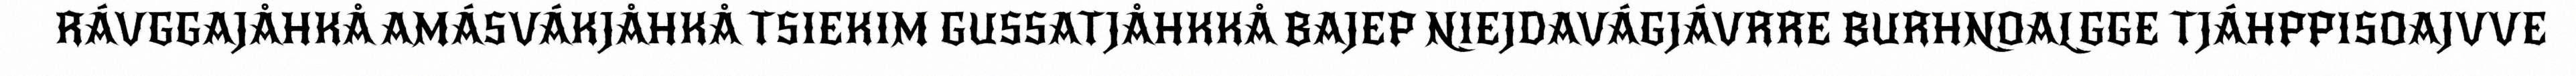
RÁVGGAJÅHKÅ AMÁSVÁKJÅHKÅ TSIEKIM GUSSATJÅHKKÅ BAJEP NIEJDAVÁGJÁVRRE BURHNOALGGE TJÁHPPISOAJVVE